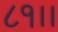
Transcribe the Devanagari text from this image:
८१।।